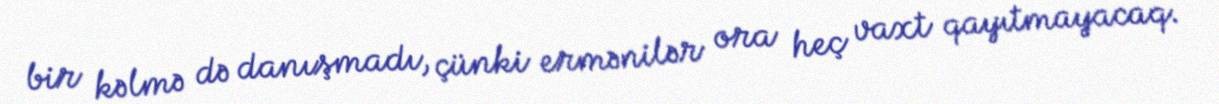
bir kəlmə də danışmadı, çünki ermənilər ora heç vaxt qayıtmayacaq.